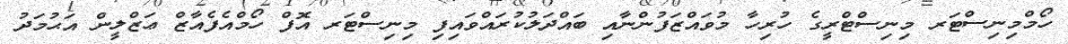
ހޯމްމިނިސްޓަރ މިނިސްޓްރީގެ ހުރިހާ މުވައްޒަފުންނާއި ބައްދަލުކުރައްވައިފި މިނިސްޓަރ އޮފް ހޯމްއެފެއާޒް ޢަޒްލީން އަޙުމަދު